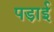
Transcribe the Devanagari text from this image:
पडा़ई